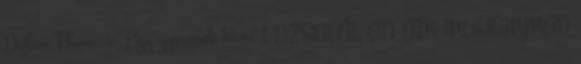
Dylan Thomas: Egy gyermek kará 1 DZSALÁL AD-DÍN MUHAMMAD